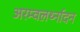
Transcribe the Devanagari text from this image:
अरम्वलर्थ्नादन